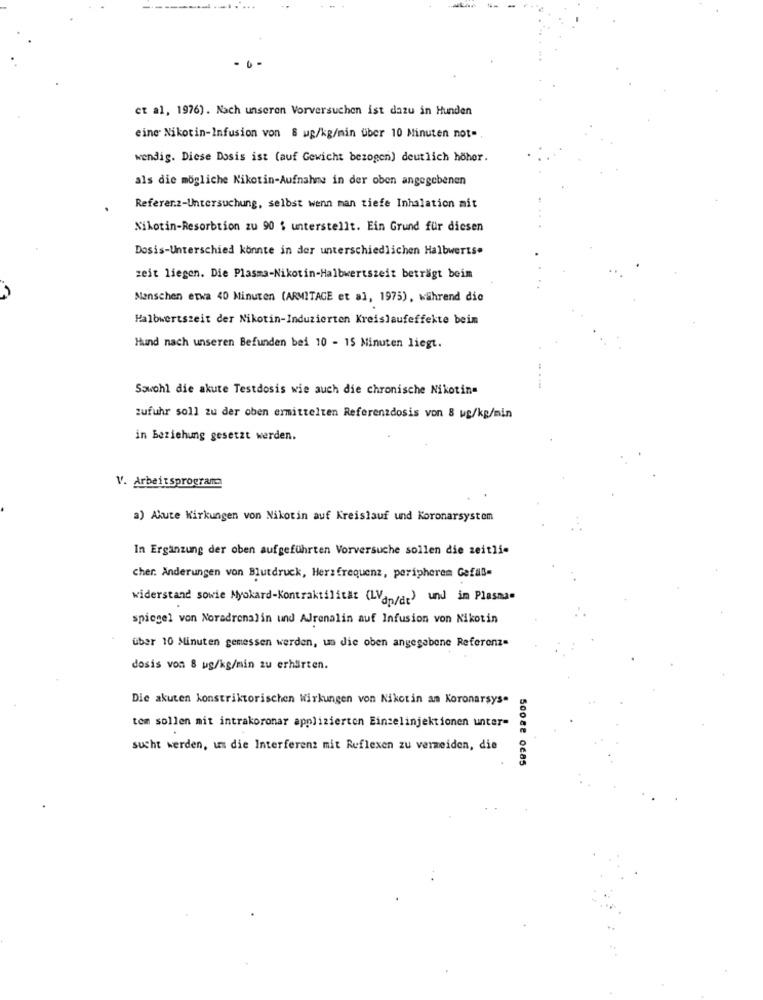
et al, 1976). Nach unseren Vorversuchen ist dazu in Hunden
eine Nikotin-Infusion von 8 ug/kg/min über 10 Minuten not-
wendig. Diese Dosis ist (auf Gewicht bezogen) deutlich höher.
als die mögliche Nikotin-Aufnahme in der oben angegebenen
Referenz-Untersuchung, selbst wenn man tiefe Inhalation mit
Nikotin-Resorbtion zu 90 $ unterstellt. Ein Grund für diesen
Dosis-Unterschied könnte in der unterschiedlichen Halbwerts.
zeit liegen. Die Plasma-Nikotin-Halbwertszeit beträgt beim
Menschen etwa 40 Minuten (ARMITAGE et al, 1975), während die
Halbwertszeit der Nikotin-Induzierten Kreislaufeffekte beim
Hund nach unseren Befunden bei 10 - 15 Minuten liegt.
Sowohl die akute Testdosis wie auch die chronische Nikotin=
Zufuhr soll zu der oben ermittelten Referenzdosis von 8 wg/kg/min
in Beziehung gesetzt werden.
V. Arbeitsprogram
a) Akute Wirkungen von Nikotin auf Kreislauf und Koronarsystem
In Ergänzung der oben aufgeführten Vorversuche sollen die zeitli-
cher. Änderungen von Blutdruck, Herzfrequenz, peripheren Gefall-
widerstand sowie Myokard-Kontraktilität (LVan/dt) und im Plasma-
spiegel von Noradrenalin und Adrenalin auf Infusion von Nikotin
über 10 Minuten gemessen werden, um die oben angegebene Referenz-
dosis von 8 ug/kg/min zu erhärten.
Die akuten konstriktorischen Wirkungen von Nikotin am Koronarsys-
tem sollen mit intrakoronar applizierton Einselinjektionen unter-
sucht werden, um die Interferenz mit Reflexen zu vermeiden, die
Soose 0€85